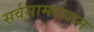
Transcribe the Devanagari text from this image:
सर्वसामर्थवान